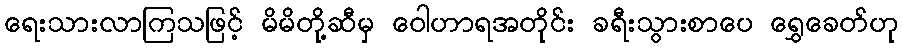
ရေးသားလာကြသဖြင့် မိမိတို့ဆီမှ ဝေါဟာရအတိုင်း ခရီးသွားစာပေ ရွှေခေတ်ဟု